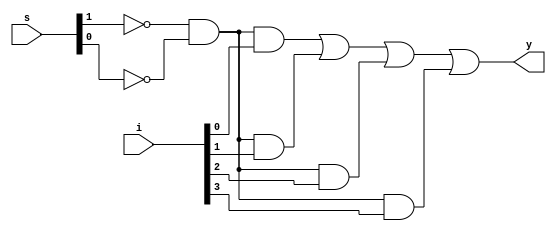
`timescale 1ns / 1ps
//////////////////////////////////////////////////////////////////////////////////
// Company: 
// Engineer: 
// 
// Design Name: 
// Module Name:    mux4 
// Project Name: 
// Target Devices: 
// Tool versions: 
// Description: 
//
// Dependencies: 
//
// Revision: 
// Revision 0.01 - File Created
// Additional Comments: 
//
//////////////////////////////////////////////////////////////////////////////////
module mux4(
input [3:0] i,
input [1:0] s,
output y
);
wire [3:0]x;
assign x[0]=(~s[1]&~s[0]&i[0]);
assign x[1]=(~s[1]&~s[0]&i[1]);
assign x[2]=(~s[1]&~s[0]&i[2]);
assign x[3]=(~s[1]&~s[0]&i[3]);
assign y=(x[0]|x[1]|x[2]|x[3]);
endmodule